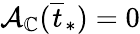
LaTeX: \mathcal{A}_{\mathbb{C}}(\overline{{t}}_{*})=0